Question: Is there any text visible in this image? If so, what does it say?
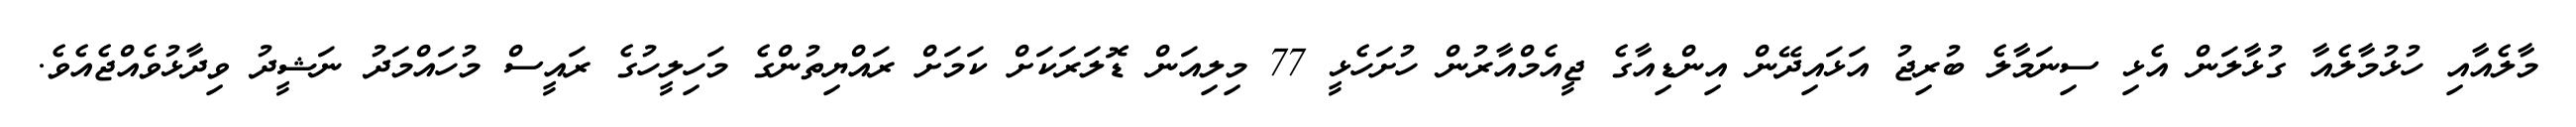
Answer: މާލެއާއި ހުޅުމާލެއާ ގުޅާލަން އެޅި ސިނަމާލެ ބުރިޖު އަޅައިދޭން އިންޑިއާގެ ޖީއެމްއާރުން ހުށަހެޅީ 77 މިލިއަން ޑޮލަރަކަށް ކަމަށް ރައްޔިތުންގެ މަހިލީހުގެ ރައީސް މުހައްމަދު ނަޝީދު ވިދާޅުވެއްޖެއެވެ.